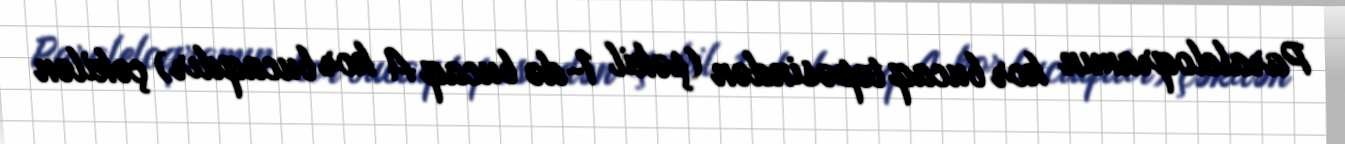
Paraleloqramın kor bucaq təpəsindən (şəkil 1-də bucaq A kor bucaqdır) çəkilən